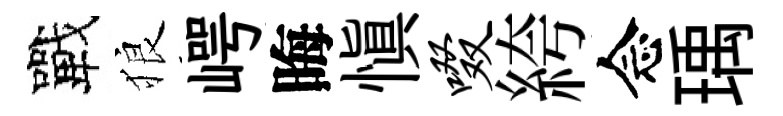
戰狼崿晦慎啜絝念瑀